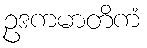
ဥဒကမာတိကံ